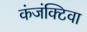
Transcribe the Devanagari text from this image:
कंजंक्टिवा